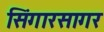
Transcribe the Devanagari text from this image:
सिंगारसागर